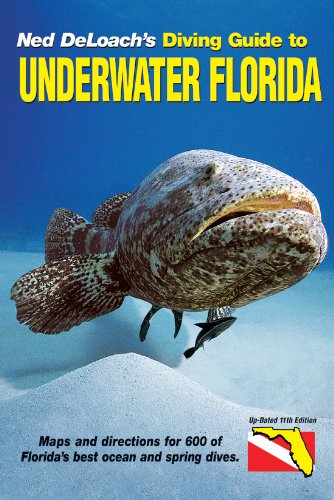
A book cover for Diving Guide to Underwater Florida, 11th Edition; Ned DeLoach; Sports & Outdoors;